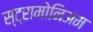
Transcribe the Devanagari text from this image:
स्ट्रामोनिअम